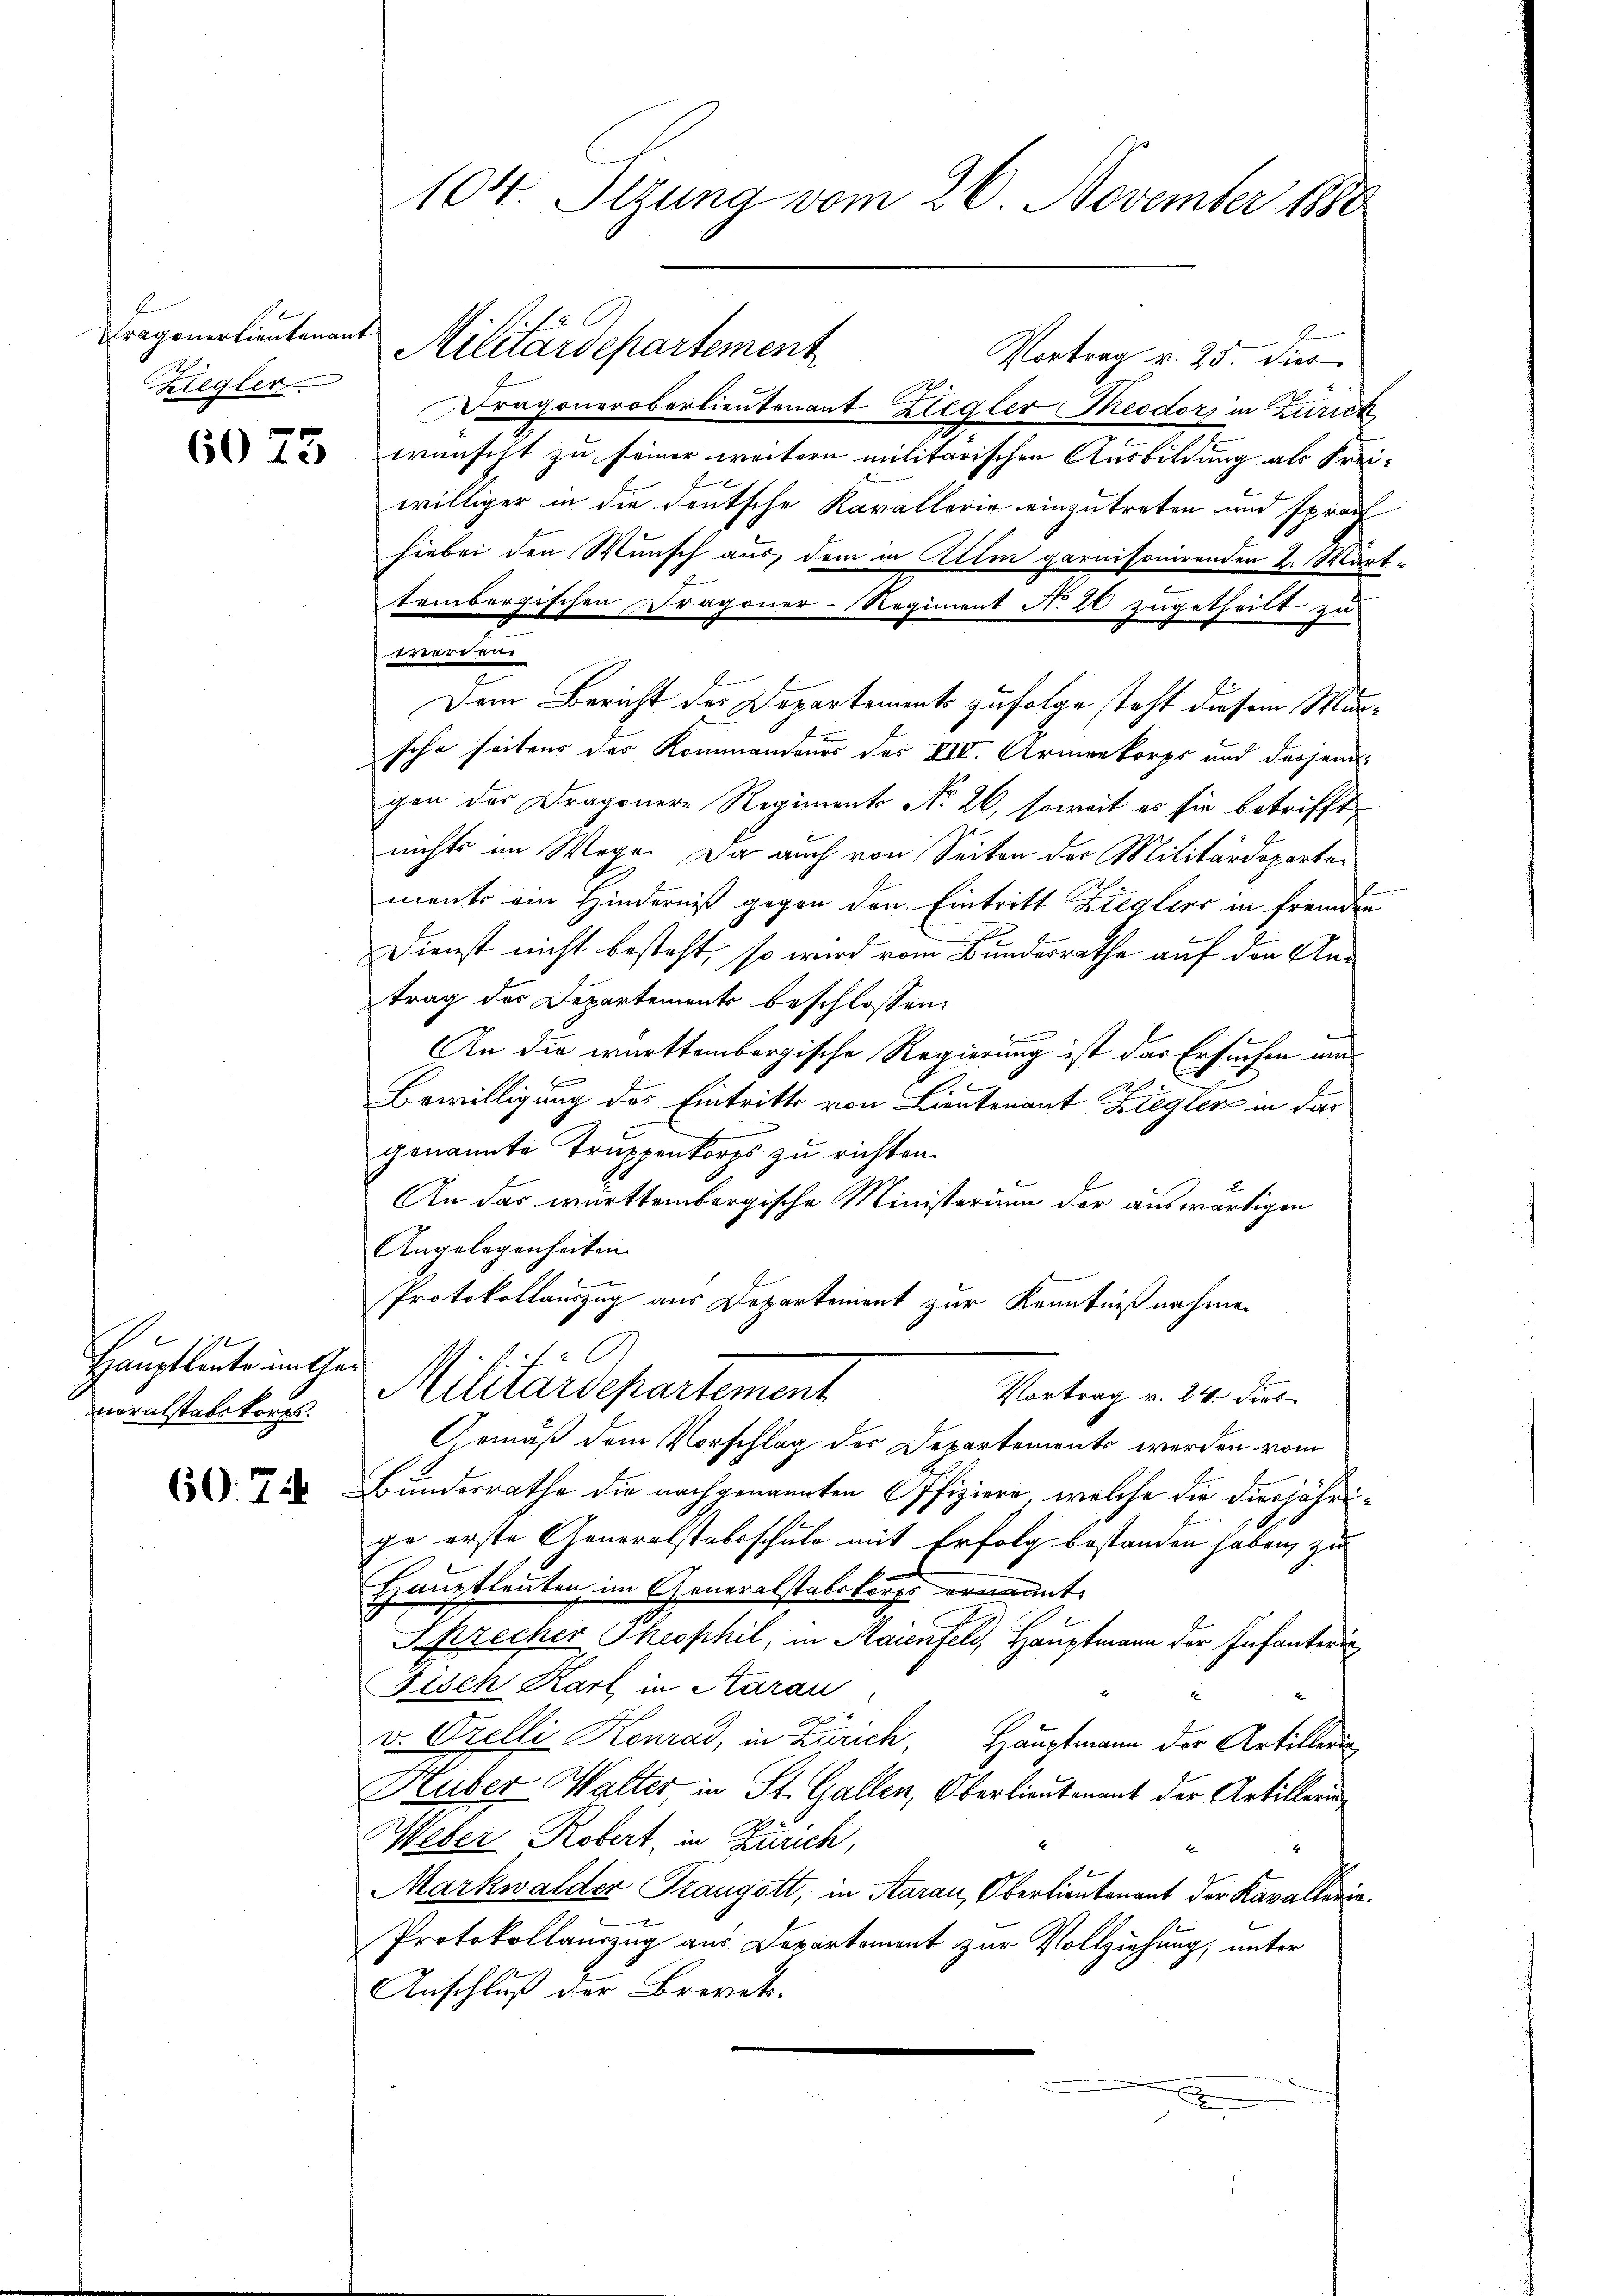
Dragonerlieutenant
Ziegler.

6073

Hauptleute im Garneralstabskorps.

60. 7

104. Sizung vom 26. November 1880

Vortrag v. 25. dur
Dragonerobertientenant Ziegler Theodor in Zürich
wünscht zu seiner weitern militärischen Ausbildung als Freiwilliger in die deutsche Kavallerie einzutreten und sprach
hiebei den Wunsch aus dem in Alten garnisonirenden 2. Wärttembergischen Dragoner-Regiment N. 20 zugetheilt zu
erve
Dem Bericht des Departement zufolge steht diesem Munsche seitens der Kommandeurs des VIII. Armenkorps und drohend
gen der Dragonere Regiment No. 26, soweit es sie betrifft,
nichts im Wege. Da auch von Seiten der Militärdepartements am Hinderniß gegen den Eintritt Zieglers in fremden
Dienst nicht besteht, so wird vom Bundesrathe auf den Antrag des Departements beschlossen:
An die württembergische Regierung ist das Ersuchen un
e
Bewilligung des Eintritts von Lieutenant Ziegler in das
genannte Truppenkorps zu richten.
An das württembergische Ministerium der auswärtigen
Angelegenheiten.
Protokollauszug aus Departement zur Kenntnißnahmen
Militärdepartement
Vortrag v. 24. dies
Gemäß dem Vorschlag der Departements werden vom
Bundesrathe die nachgenannten Offiziere, welche die diesjährige erste Generalstabsschule mit Erfolg bestanden haben, zu
Hauptleuten im Generalstabskorps ernannt.
Sprecher Theophil, in Maienfeld, Hauptmann der Infanteri
Fisch Karl in Aarau
v. Orelli Konrad, in Zürich, Hauptmann der Artillerin
Huber Walter, in St. Gallen, Oberlieutenant der Artillerun
Weber Robert, in Zürich,
Markwalder Trangott, in Aarau, Oberlieutenant der Kavallerin¬
Protokollauszug aus Departement zur Vollziehung, unter
Anschluß der Brevet
.

Militärdepartement